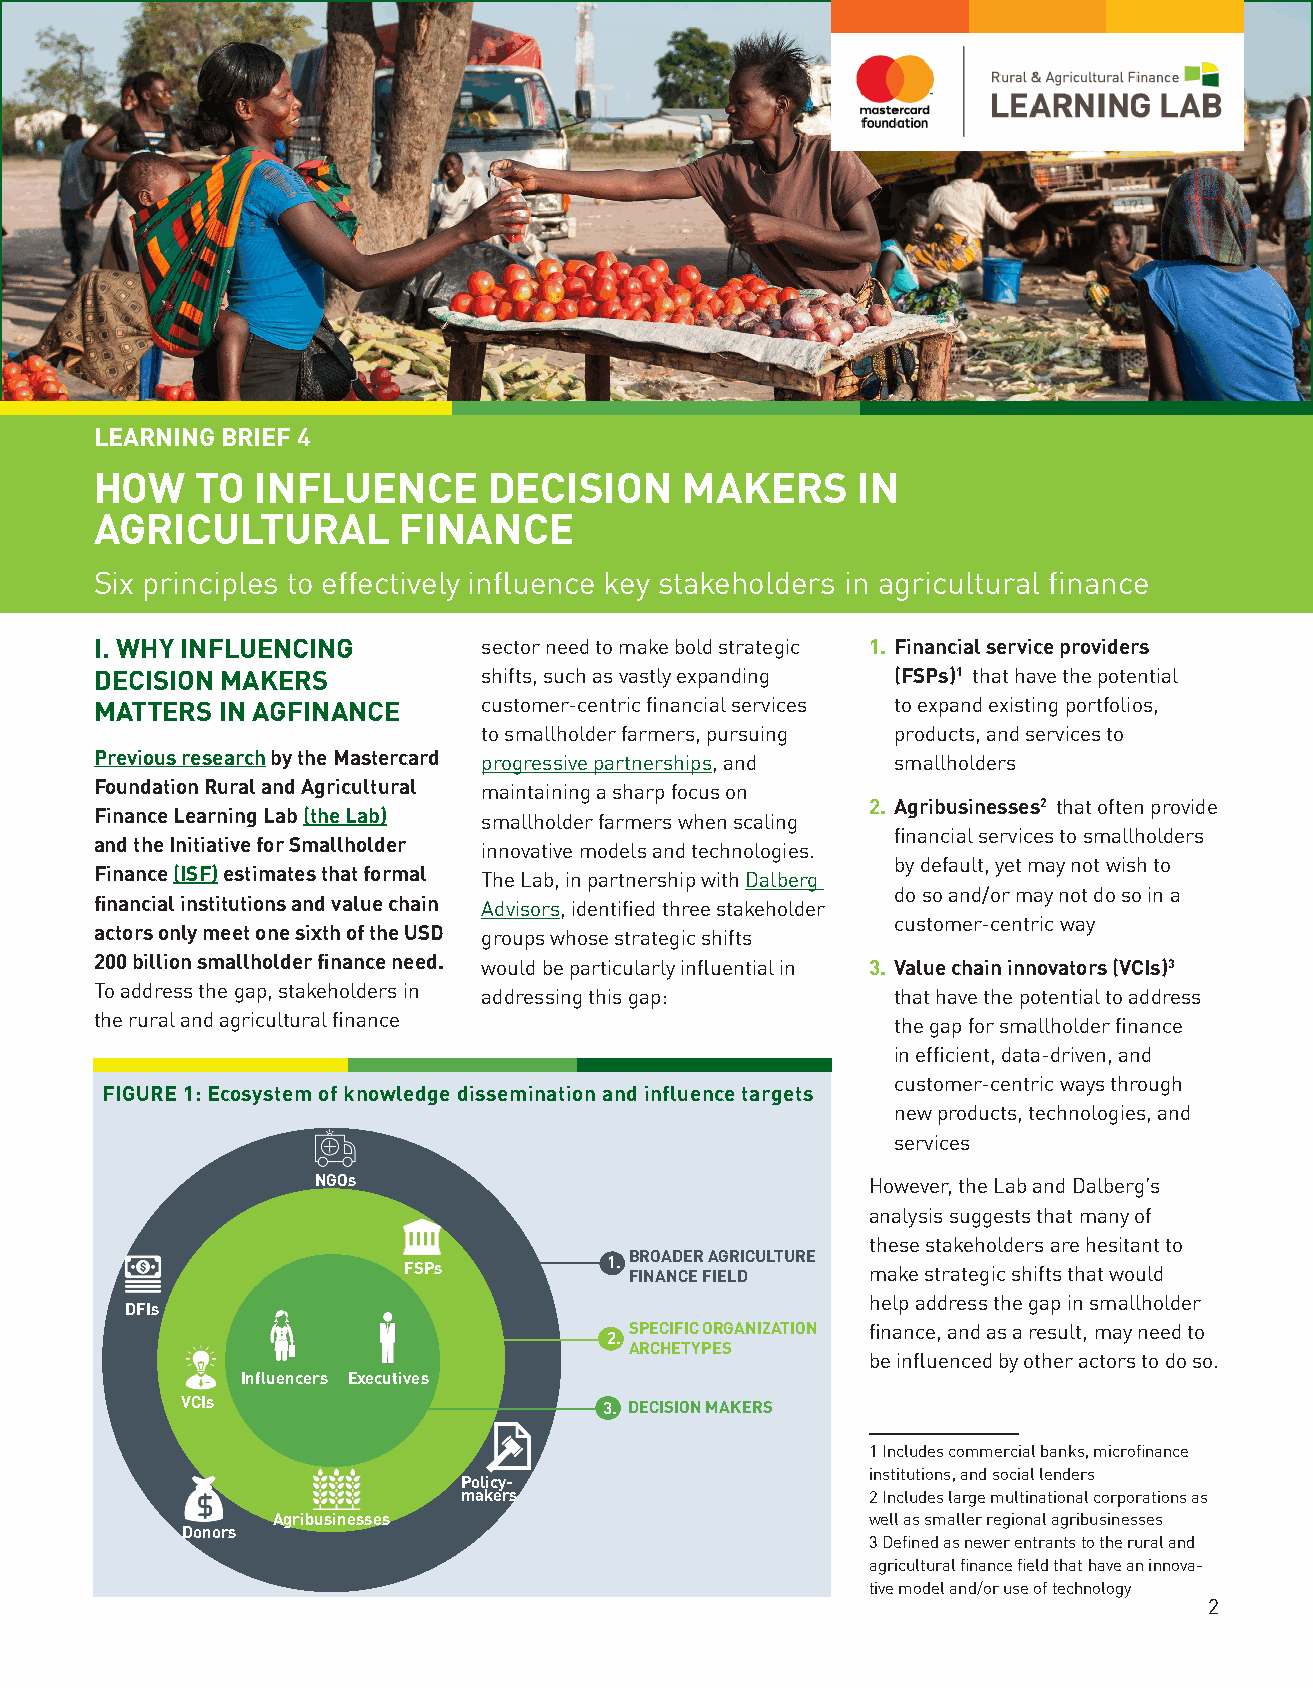
LEARNING BRIEF 4
 HOW    TO  INFLUENCE      DECISION     MAKERS      IN
 AGRICULTURAL        FINANCE
 Six principles to effectively influence key stakeholders in agricultural finance
 I. WHY INFLUENCING        sector need to make bold strategic 1. Financial service providers
 DECISION MAKERS           shifts, such as vastly expanding (FSPs)1 that have the potential
 MATTERS IN AGFINANCE      customer-centric financial services to expand existing portfolios,
 to smallholder farmers, pursuing products, and services to
 Previous research by the Mastercard progressive partnerships, and smallholders
 Foundation Rural and Agricultural maintaining a sharp focus on
 2. Agribusinesses2 that often provide
 Finance Learning Lab (the Lab) smallholder farmers when scaling
 financial services to smallholders
 and the Initiative for Smallholder innovative models and technologies.
 by default, yet may not wish to
 Finance (ISF) estimates that formal The Lab, in partnership with Dalberg
 do so and/or may not do so in a
 financial institutions and value chain Advisors, identified three stakeholder
 customer-centric way
 actors only meet one sixth of the USD groups whose strategic shifts
 200 billion smallholder finance need. would be particularly influential in 3. Value chain innovators (VCIs)3
 To address the gap, stakeholders in addressing this gap: that have the potential to address
 the rural and agricultural finance                   the gap for smallholder finance
 in efficient, data-driven, and
 customer-centric ways through
 FIGURE 1: Ecosystem of knowledge dissemination and influence targets
 new products, technologies, and
 services
 NGOs                                 However, the Lab and Dalberg’s
 analysis suggests that many of
 these stakeholders are hesitant to
 1. BROADER AGRICULTURE
 FSPs           FINANCE FIELD   make strategic shifts that would
 help address the gap in smallholder
 DFIs
 SPECIFIC ORGANIZATION finance, and as a result, may need to
 2.
 ARCHETYPES
 be influenced by other actors to do so.
 Influencers Executives
 VCIs                        3. DECISION MAKERS
 1 Includes commercial banks, microfinance
 institutions, and social lenders
 Policy-
 makers                      2 Includes large multinational corporations as
 Agribusinesses                          well as smaller regional agribusinesses
 Donors
 3 Defined as newer entrants to the rural and
 agricultural finance field that have an innova-
 tive model and/or use of technology
 2